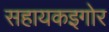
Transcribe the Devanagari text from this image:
सहायकइगोर